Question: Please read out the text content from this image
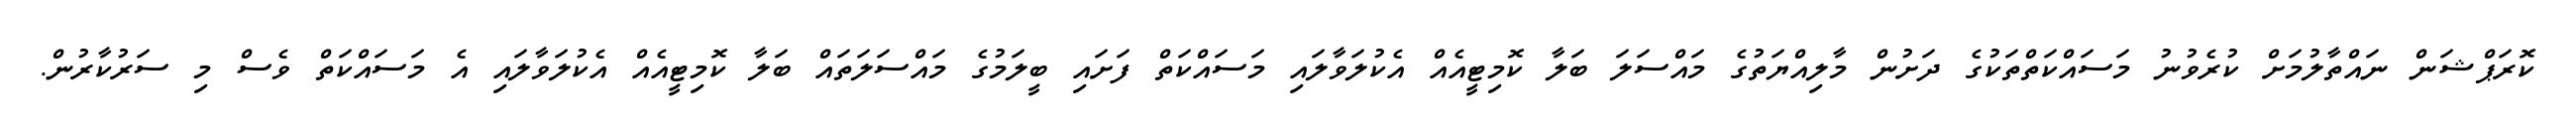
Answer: ކޮރަޕްޝަން ނައްތާލުމަށް ކުރެވުނު މަސައްކަތްތަކުގެ ދަށުން މާލިއްޔަތުގެ މައްސަލަ ބަލާ ކޮމިޓީއެއް އެކުލަވާލައި މަސައްކަތް ފަށައި ބީލަމުގެ މައްސަލަތައް ބަލާ ކޮމިޓީއެއް އެކުލަވާލައި އެ މަސައްކަތް ވެސް މި ސަރުކާރުން.